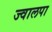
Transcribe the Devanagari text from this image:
ज्वालपा